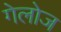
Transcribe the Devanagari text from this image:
गेलोज